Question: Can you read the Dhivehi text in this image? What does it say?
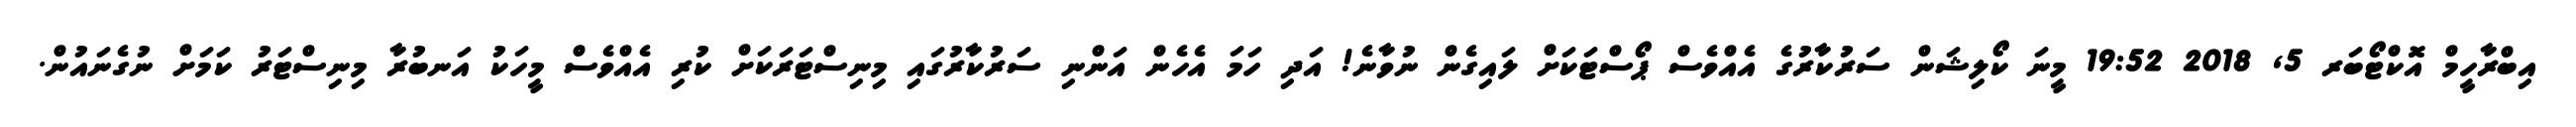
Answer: އިބްރާހީމް އޮކްޓޯބަރ 5, 2018 19:52 މީނަ ކޯލިޝަން ސަރުކާރުގެ އެއްވެސް ޕޯސްޓަކަށް ލައިގެން ނުވާނެ! އަދި ހަމަ އެހެން އަންނި ސަރުކާރުގައި މިނިސްޓަރަކަށް ކުރި އެއްވެސް މީހަކު އަނބުރާ މިނިސްޓަރު ކަމަށް ނުގެނައުން.